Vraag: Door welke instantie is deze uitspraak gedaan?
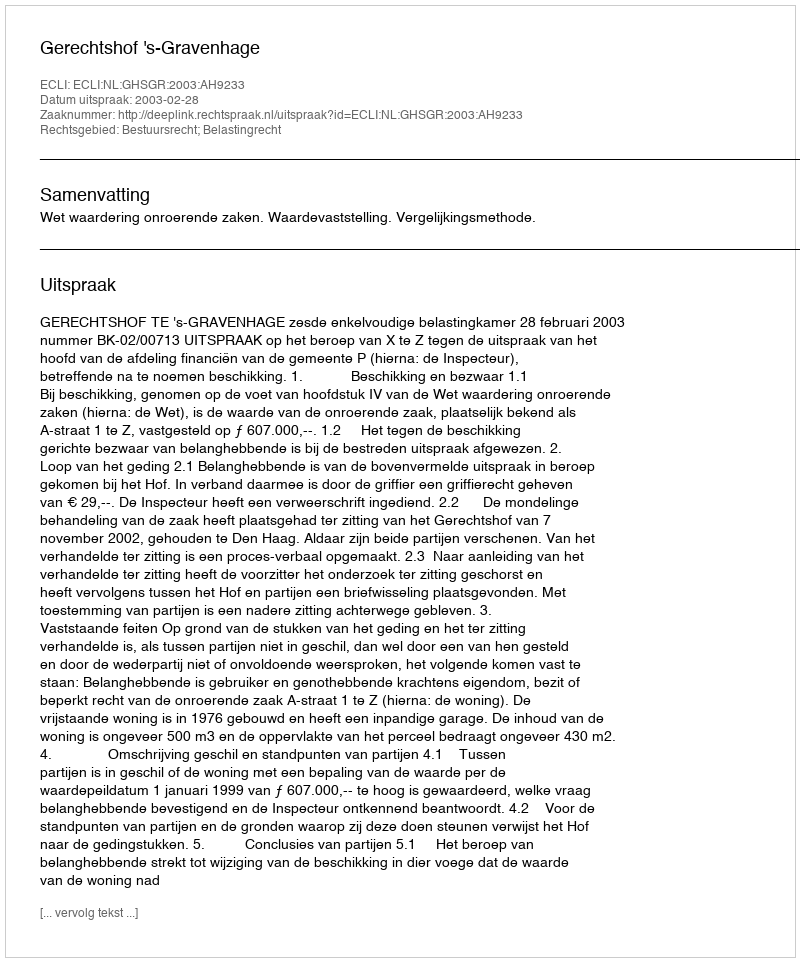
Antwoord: Gerechtshof 's-Gravenhage